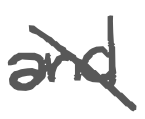
Text: and
Cross-out: diagonal
Writing tool: digital_gray